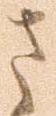
さ